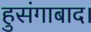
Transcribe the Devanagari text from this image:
हुसंगाबाद।